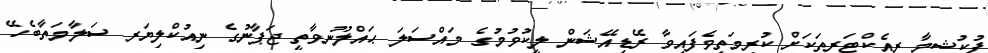
ފުކުޝީމާ ރިއެކްޓަރތަކަށް ކުރިމަތިވެފައިވާ ރޭޑިއޭޝަން ލީކުވުމުގެ މައްސަލަ ޙައްލުނުވާތީ ޖަޕާނުގެ ނިއުކްލިޔަރ ސަލާމަތާބެހޭ